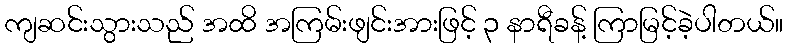
ကျဆင်းသွားသည် အထိ အကြမ်းဖျင်းအားဖြင့် ၃ နာရီခန့် ကြာမြင့်ခဲ့ပါတယ်။